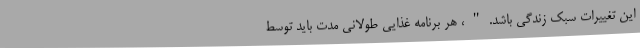
این تغییرات سبک زندگی باشد."، هر برنامه غذایی طولانی مدت باید توسط